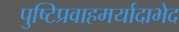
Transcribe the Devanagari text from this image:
पुष्टिप्रवाहमर्यादाभेद